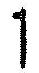
1